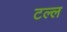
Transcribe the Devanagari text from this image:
टल्ल